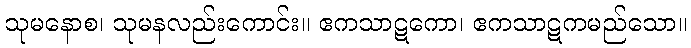
သုမနောစ၊ သုမနလည်းကောင်း။ ဧကသာဋကော၊ ဧကသာဋကမည်သော။